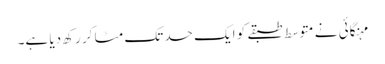
مہنگائی نے متوسط طبقے کو ایک حد تک مٹا کر رکھ دیا ہے۔